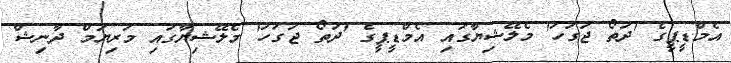
އެމްޑީޕީގެ 'ދަތޯ ޖަގަހަ' މެލޭޝިޔާގައި އެމްޑީޕީގެ 'ދަތޯ ޖަގަހަ' މެލޭޝިޔާގައި މަރިޔަމް ދާނިޝް